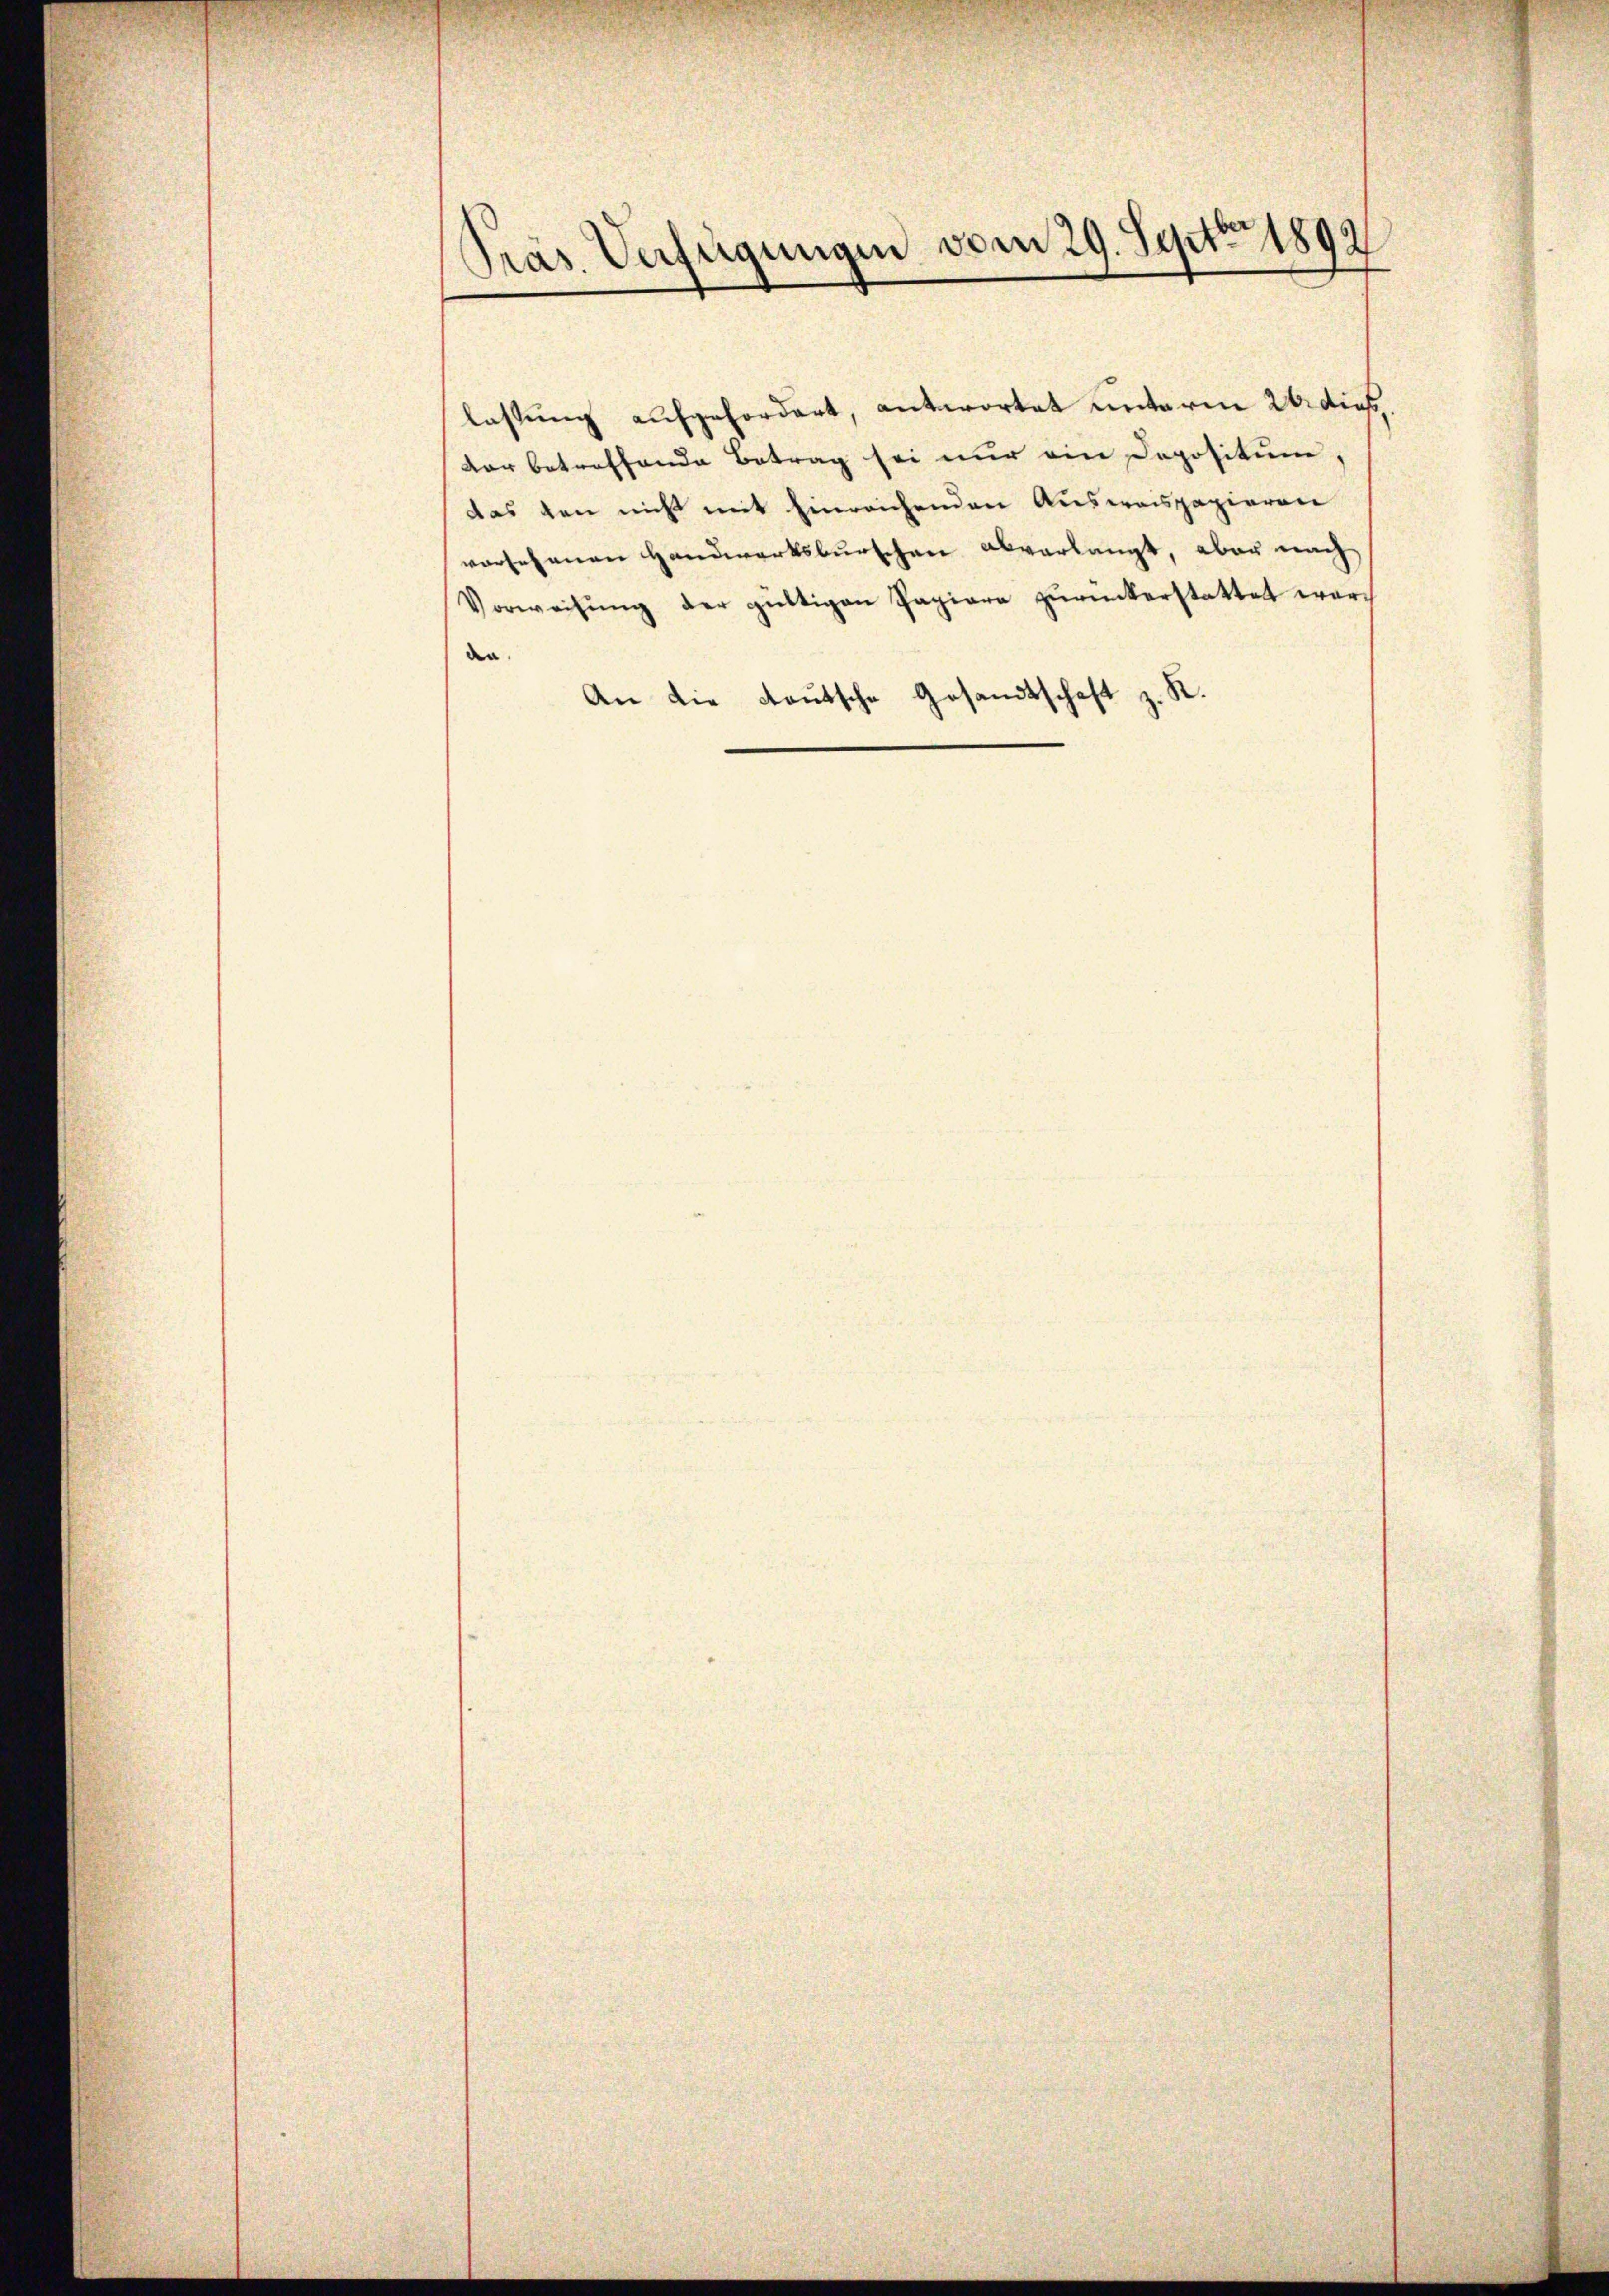
Präs. Verfügungen vom 29. Sept. 1892

lassung aufgefordert, antwortet unterm 26. dies
dar betreffende Betrag sei nur ein Depositum,
das den nicht mit hinreichenden Ausweispapieren
vorsehenen Handwerksburschen abverlangt, aber nach
Vorweisŭng der gültigen Papiere zŭrückerstattet wer-
dn.
An die deutsche Gesandtschaft z. R.